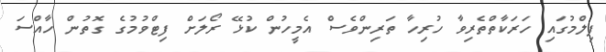
ފިލްމުގައި ހަރަކާތްތެރިވާ ހުރިހާ ތަރިންވެސް އެމީހުން ކުޅޭ ރޯލަށް ފިޓްވުމުގެ ގޮތުން ހާއްސަ